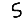
Digit: 5